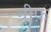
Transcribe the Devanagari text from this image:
ग्रीफ़